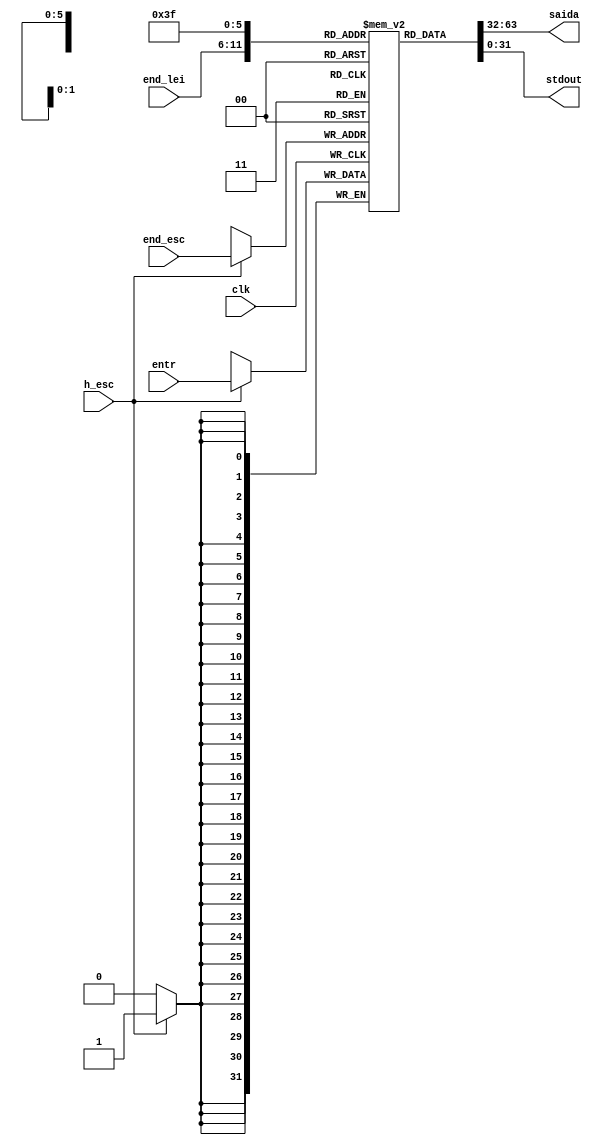
// Quartus Prime Verilog Template
// Simple Dual Port RAM with separate read/write addresses and
// single read/write clock

module memoria_de_dados
#(parameter DATA_WIDTH=32, parameter ADDR_WIDTH=6)
(
	//memoria com 64 slots de 32 bits
	input [(DATA_WIDTH-1):0] entr,
	input [(ADDR_WIDTH-1):0] end_lei, end_esc,
	input h_esc, clk,
	output [(DATA_WIDTH-1):0] saida,
	output [(DATA_WIDTH-1):0] stdout
);

	// Declara a RAM de dados
	reg [DATA_WIDTH-1:0] ram[2**ADDR_WIDTH-1:0];
	integer i;
	
	initial begin
		for (i = 0; i < 2**ADDR_WIDTH; i = i + 1) begin
			ram[i] = 0;
		end
   end
	always @ (posedge clk)
	begin
		// escrita
		if (h_esc)
			ram[end_esc] <= entr;
	end
	assign saida = ram[end_lei];
	assign stdout = ram[63];

endmodule